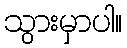
သွားမှာပါ။